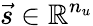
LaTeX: \vec{s}\in\mathbb R^{n_{u}}